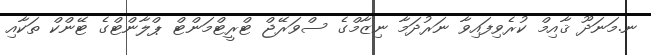
ނ.މަނަދޫ ޤާއިމް ކުރެވިފައިވާ ނަރުދަމާ ނިޒާމްގެ ސްވަރޭޖް ޓްރީޓްމަންޓް ޕްލާންޓްގެ ޓޭންކް ތަކާއި